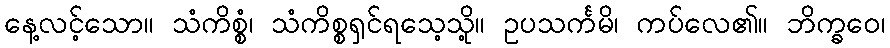
နေ့လင့်သော။ သံကိစ္စံ၊ သံကိစ္စရှင်ရသေ့သို့။ ဥပသင်္ကမိ၊ ကပ်လေ၏။ ဘိက္ခဝေ၊